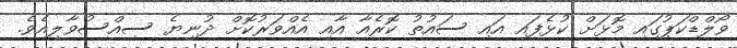
ވޯލްޑްކަޕުގައި މޮޅަށް ކުޅެފައި އައި ސައުތު ކޮރެއާ އާއި އެއްވަރުކޮށް ދުނިޔެ ސިއްސުވާލިއެވެ.